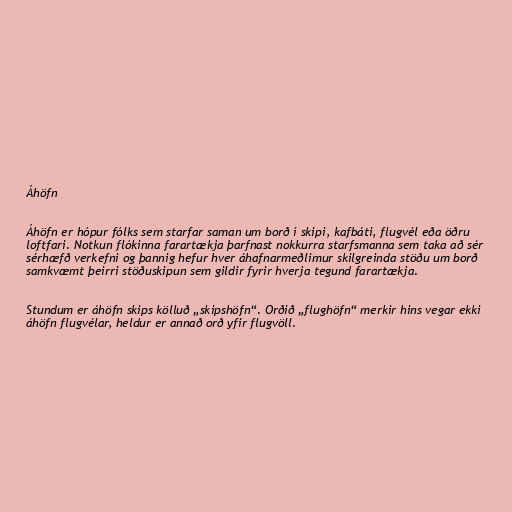
Áhöfn

Áhöfn er hópur fólks sem starfar saman um borð í skipi, kafbáti, flugvél eða öðru
loftfari. Notkun flókinna farartækja þarfnast nokkurra starfsmanna sem taka að sér
sérhæfð verkefni og þannig hefur hver áhafnarmeðlimur skilgreinda stöðu um borð
samkvæmt þeirri stöðuskipun sem gildir fyrir hverja tegund farartækja.

Stundum er áhöfn skips kölluð „skipshöfn“. Orðið „flughöfn“ merkir hins vegar ekki
áhöfn flugvélar, heldur er annað orð yfir flugvöll.